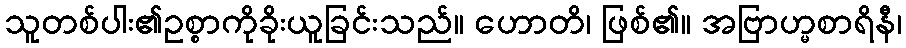
သူတစ်ပါး၏ဥစ္စာကိုခိုးယူခြင်းသည်။ ဟောတိ၊ ဖြစ်၏။ အဗြာဟ္မစာရိနီ၊